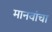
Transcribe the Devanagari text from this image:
मानवांचा